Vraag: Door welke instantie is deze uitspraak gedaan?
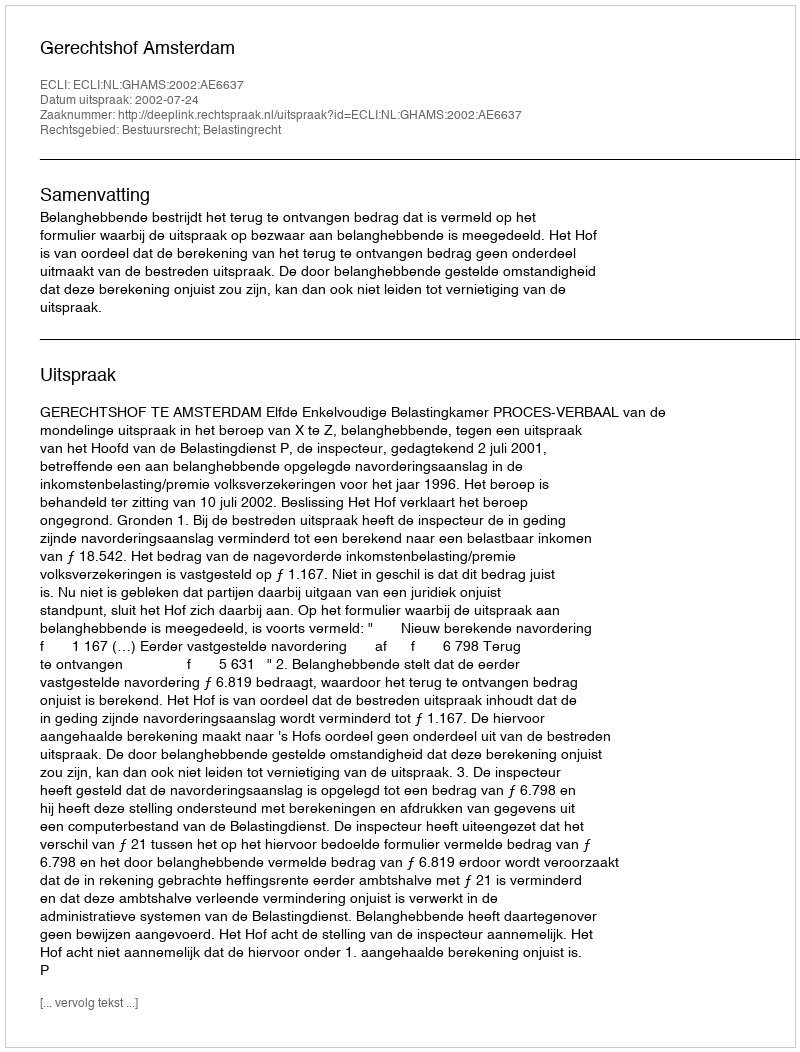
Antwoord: Gerechtshof Amsterdam